Indian journal of veterinary science and animal husbandry - Volumes 26-27, 1956-1957
Year: 1956
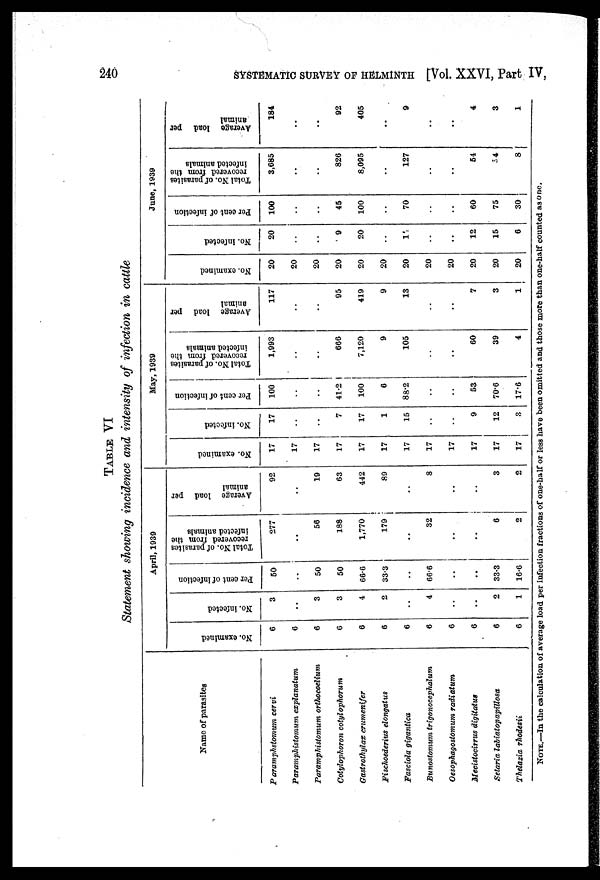
240
SYSTEMATIC SURVEY OF HELMINTH [Vol. XXVI, Part IV,
TABLE VI
Statement showing incidence and intensity of infection in cattle.
Name of parasites
Paramphstomum cervi
Paramphistomum
explanatum
Paramphistomum
orthocoelium
Cotylophoron cotylophorum
Gastrothylax crumenifer
Fischoederius elongatus
Fasciola gigantica
Bunostomum
trigonocephalum
Oesophagostomum radiatum
Mecistocirrus digitatus
Setaria labiatopapillosa
Thelazia rhodesii
April, 1939
No. examined
6
6
6
6
6
6
6
6
6
6
6
6
No. infected
3
..
3
3
4
2
..
4
..
..
2
1
Per cent of infection
50
..
50
50
66.6
33.3
..
66.6
..
..
33.3
16.6
Total No. of parasites
recovered from the
infected animals
277
..
56
188
1,770
179
..
32
..
..
6
2
Average load per
animal
92
..
19
63
442
89
..
8
..
..
3
2
May, 1939
No. examined
17
17
17
17
17
17
17
17
17
17
17
17
No. infected
17
..
..
7
17
1
15
..
..
9
12
3
Per cent of infection
100
..
..
41.2
100
6
88.2
..
..
53
70.6
17.6
Total No. of parasites
recovered from the
infected animals
1,993
..
..
666
7,120
9
105
..
..
60
39
4
Average load per
animal
117
..
..
95
419
9
13
..
..
7
3
1
June, 1939
No. examined
20
20
20
20
20
20
20
20
20
20
20
20
No. infected
20
..
..
9
20
..
1
..
..
12
15
6
Per cent of infection
100
..
..
45
100
..
70
..
..
60
75
30
Total No. of parasites
recovered from the
infected animals
3,685
..
..
826
8,095
..
127
..
..
54
54
8
Average load per
animal
184
..
..
92
405
..
9
..
..
4
3
1
NOTE.—In the calculation of average load per infection fractions of one-half or less have been omitted and those more than one-half counted as one.